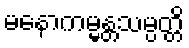
မနောကမ္မန္တသမ္ပတ္တိ